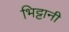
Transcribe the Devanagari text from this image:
भिट्टानी